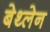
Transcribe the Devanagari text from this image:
बेथ्लेन